Calcutta medical institutions reports 1879-81 [i.e.91]
Year: 1879
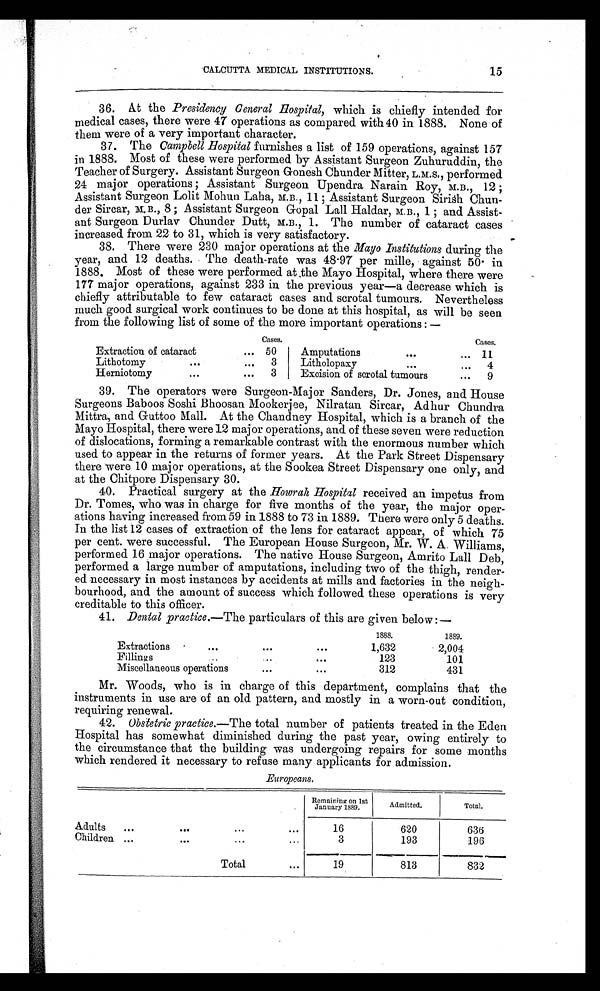
15
CALCUTTA MEDICAL INSTITUTIONS.
36. At the Presidency General Hospital, which is chiefly intended for
medical cases, there were 47 operations as compared with 40 in 1888. None of
them were of a very important character.
37. The Campbell Hospital furnishes a list of 159 operations, against 157
in 1888. Most of these were performed by Assistant Surgeon Zuhuruddin, the
Teacher of Surgery. Assistant Surgeon Gonesh Chunder Mitter, L.M.S., performed
24 major operations; Assistant Surgeon Upendra Narain Roy, M.B., 12;
Assistant Surgeon Lolit Mohun Laha, M.B., 11; Assistant Surgeon Sirish Chun-
der Sircar, M.B., 8; Assistant Surgeon Gopal Lall Haldar, M.B., 1; and Assist-
ant Surgeon Durlav Chunder Dutt, M.B., 1. The number of cataract cases
increased from 22 to 31, which is very satisfactory.
38. There were 230 major operations at the Mayo Institutions during the
year, and 12 deaths. The death-rate was 48.97 per mille, against 50. in
1888. Most of these were performed at the Mayo Hospital, where there were
177 major operations, against 233 in the previous year—a decrease which is
chiefly attributable to few cataract cases and scrotal tumours. Nevertheless
much good surgical work continues to be done at this hospital, as will be seen
from the following list of some of the more important operations:—
Cases.
Cases.
Extraction of cataract
... 50
Amputations
...
... 11
Lithotomy
...
...
3
Litholopaxy
. . .
...
4
Herniotomy
. . .
...
3
Excision of scrotal tumours
...
9
39. The operators were Surgeon-Major Sanders, Dr. Jones, and House
Surgeons Baboos Soshi Bhoosan Mookerjee, Nilratan Sircar, Adhur Chundra
Mittra, and Guttoo Mall. At the Chandney Hospital, which is a branch of the
Mayo Hospital, there were 12 major operations, and of these seven were reduction
of dislocations, forming a remarkable contrast with the enormous number which
used to appear in the returns of former years. At the Park Street Dispensary
there were 10 major operations, at the Sookea Street Dispensary one only, and
at the Chitpore Dispensary 30.
40. Practical surgery at the Howrah Hospital received an impetus from
Dr. Tomes, who was in charge for five months of the year, the major oper-
ations having increased from 59 in 1888 to 73 in 1889. There were only 5 deaths.
In the list 12 cases of extraction of the lens for cataract appear, of which 75
per cent. were successful. The European House Surgeon, Mr. W. A. Williams,
performed 16 major operations. The native House Surgeon, Amrito Lall Deb,
performed a large number of amputations, including two of the thigh, render-
ed necessary in most instances by accidents at mills and factories in the neigh-
bourhood, and the amount of success which followed these operations is very
creditable to this officer.
41. Dental p ractice .—The particulars of this are given below:—
1888.
1889.
Extractions
. . .
. . .
. . .
1,632
2,004
Fillings
. . .
. . .
. . .
123
101
Miscellaneous operations
. . .
. . .
312
431
Mr. Woods, who is in charge of this department, complains that the
instruments in use are of an old pattern, and mostly in a worn-out condition,
requiring renewal.
42. Obstetric practice .—The total number of patients treated in the Eden
Hospital has somewhat diminished during the past year, owing entirely to
the circumstance that the building was undergoing repairs for some months
which rendered it necessary to refuse many applicants for admission.
Europeans.
Remaining on 1st
January 1889.
Admitted.
Total.
Adults
...
. . .
. . .
...
16
620
636
Children ...
. . .
. . .
. . .
3
193
196
Total
. . .
19
813
832